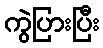
ကွဲပြားပြီး